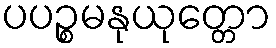
ပပဉ္စမနုယုတ္တော